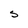
Character: S